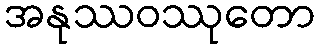
အနုဿဝဿုတော